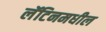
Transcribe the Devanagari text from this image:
लॅटिनमधील